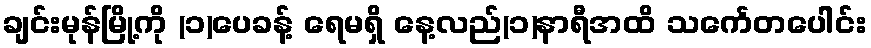
ချင်းမုန်မြို့ကို (၁)ပေခန့် ရေမရှိ နေ့လည်(၁)နာရီအထိ သင်္ကေတပေါင်း